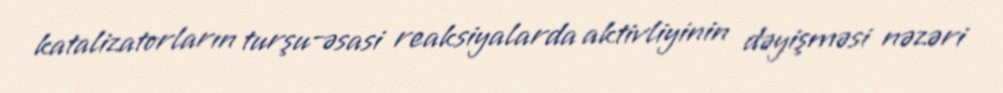
katalizatorların turşu-əsasi reaksiyalarda aktivliyinin dəyişməsi nəzəri